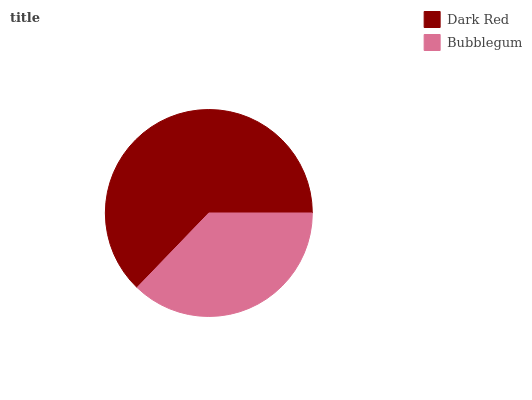
| Dark Red | Bubblegum |
 | --- | --- |
 | 62.8% | 37.2% |